画像に写った文字を読んでください
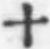
「十」と書いてあります